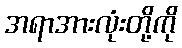
အရာအားလုံးတို့ကို